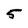
Character: 5